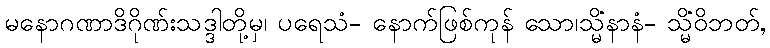
မနောဂဏာဒိဂိုဏ်းသဒ္ဒါတို့မှ၊ ပရေသံ- နောက်ဖြစ်ကုန် သော၊သ္မိံနာနံ- သ္မိံဝိဘတ်,